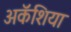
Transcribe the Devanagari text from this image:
अकॅशिया